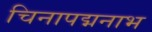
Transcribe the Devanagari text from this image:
चिनापद्मनाभ